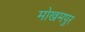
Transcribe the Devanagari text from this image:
मोखमपुर